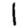
Digit: 1